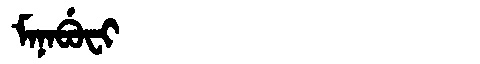
Manchu: ᠮᠠᠨᠠᠪᡠᠸᡳ
Romanization: MANABUFI